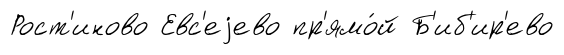
Рост'иново Евс'еjево пр'ямо́й Б'иб'ир'ево